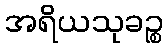
အရိယသုခဉ္စ